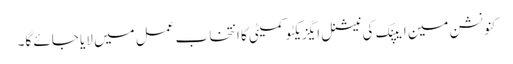
کنونشن مین ایپنک کی نیشنل ایگزیکٹو کمیٹی کا انتخاب عمل میں لایا جائے گا۔